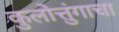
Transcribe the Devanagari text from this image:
कुलोत्तुंगाचा